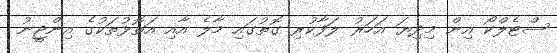
ސްޓެލްކޯ އިން މިދިޔަ އަހަރު ލަފާކުރި ގޮތުގައި މާލެ އާއި އަތޮޅުތަކުގެ އިންޖީނު